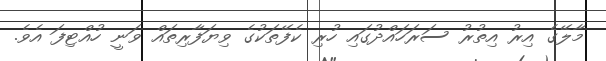
މާލޭގެ އިރު އިތުރު ސަރަހައްދުގައި ހުރި ކެފޭތަކުގެ ވިޔަފާރިތައް ވަނީ ހުއްޓިފަ އެވެ.